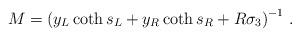
LaTeX: \begin{align*}M = \left( y_L \coth s_L + y_R \coth s_R + R \sigma_3 \right)^{-1} \, .\end{align*}